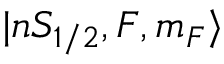
| n S _ { 1 / 2 } , F , m _ { F } \rangle